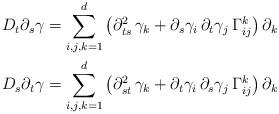
LaTeX: \begin{align*}D_t\partial_s\gamma=\sum_{i,j,k=1}^d\left(\partial^2_{ts}\,\gamma_k+\partial_s\gamma_i\,\partial_t\gamma_j\,\Gamma_{ij}^k\right)\partial_k\\D_s\partial_t\gamma=\sum_{i,j,k=1}^d\left(\partial^2_{st}\,\gamma_k+\partial_t\gamma_i\,\partial_s\gamma_j\,\Gamma_{ij}^k\right)\partial_k\end{align*}